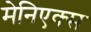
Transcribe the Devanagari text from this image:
मेनिएक्स